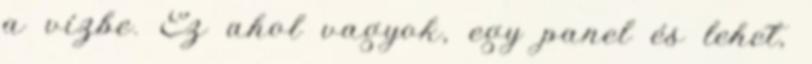
a vízbe. Ez ahol vagyok, egy panel és lehet,